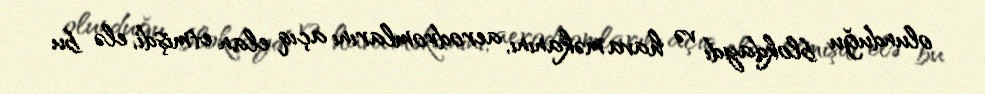
olunduğu blokdaydı və hava məkanını, aerodromlarını açıq elan etmişdi, elə bu